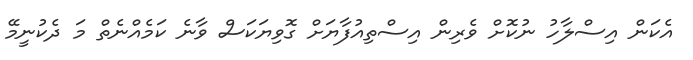
އެކަން އިސްލާހު ނުކޮށް ވެރިން އިސްތިއުފާޔަށް ގޮވިޔަކަސް ވާނެ ކަމެއްނެތް މަ ދެކުނީމޭ